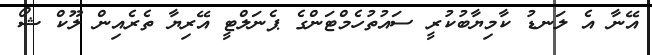
އޭނާ އެ ލަނޑު ކާމިޔާބުކުރީ ސައުތުހެމްޓަންގެ ޕެނަލްޓީ އޭރިޔާ ތެރެއިން ލޫކް ޝޯ